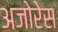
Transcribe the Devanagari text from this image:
अजोरेस